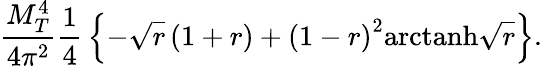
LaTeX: {\frac{M_{T}^{4}}{4\pi^{2}}}{\frac{1}{4}}\left\{ -\sqrt{r}\left(1+r\right)+\left(1-r\right)^{2}\mathrm{arctanh}{\sqrt{r}}\right\} .